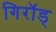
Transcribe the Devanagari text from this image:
गिरॉड्